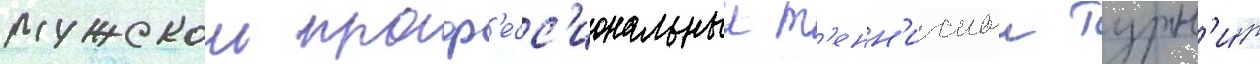
мужскои проф'есс'иональныи т'енн'исныи турн'и́р